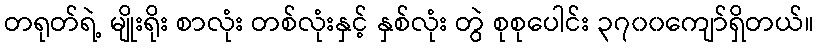
တရုတ်ရဲ့ မျိုးရိုး စာလုံး တစ်လုံးနှင့် နှစ်လုံး တွဲ စုစုပေါင်း ၃၇၀၀ကျော်ရှိတယ်။